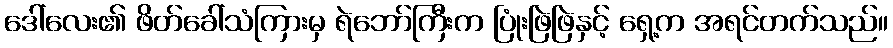
ဒေါ်လေး၏ ဖိတ်ခေါ်သံကြားမှ ရဲဘော်ကြီးက ပြုံးဖြဲဖြဲနှင့် ရှေ့က အရင်တက်သည်။